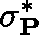
\mathbf { \sigma } _ { \mathbf { P } } ^ { * }